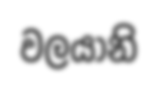
වලයානි